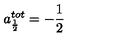
a _ { \frac 1 2 } ^ { t o t } = - \frac 1 2